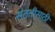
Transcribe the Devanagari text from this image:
संततीसाठी